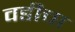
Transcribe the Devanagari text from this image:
वडीचा